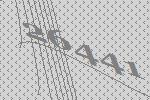
26441